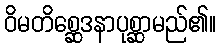
ဝိမတိစ္ဆေဒနာပုစ္ဆာမည်၏။